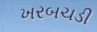
ખરબચડી